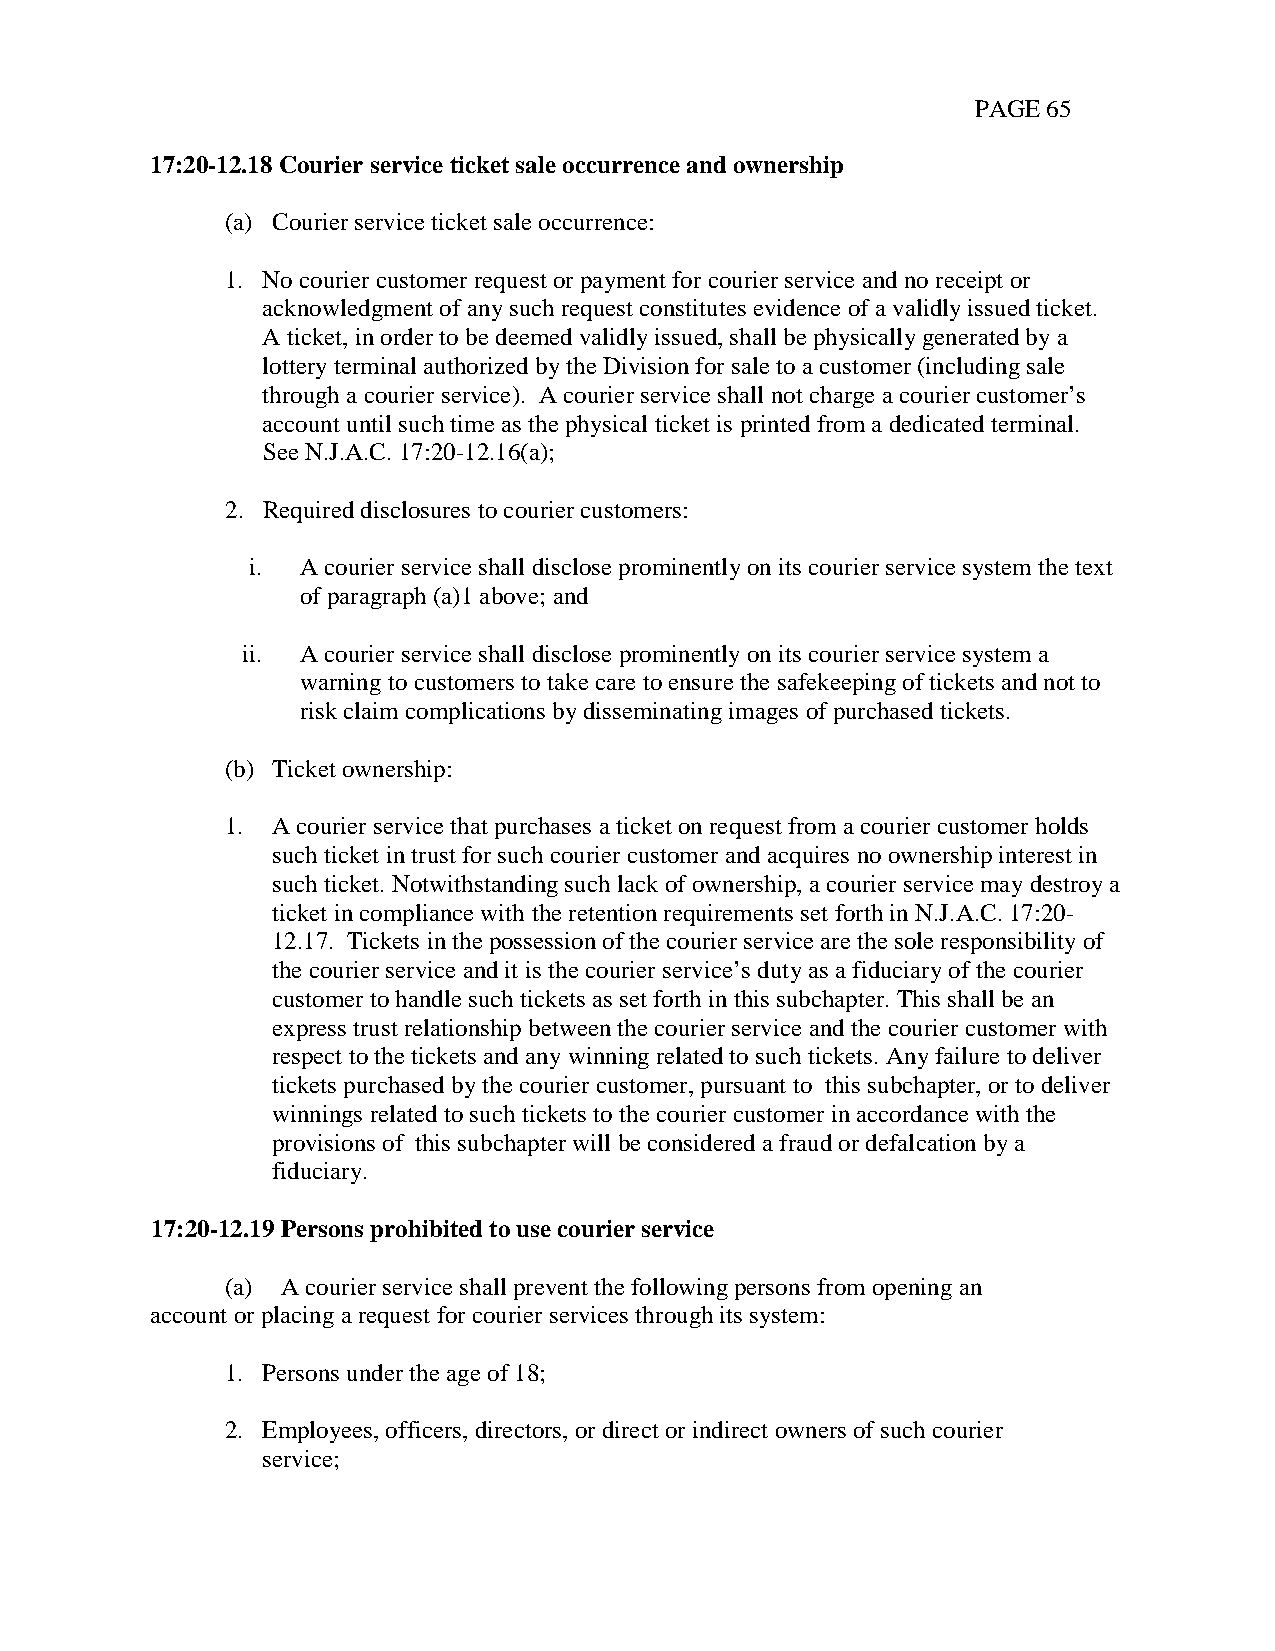
PAGE 65
 17:20-12.18 Courier service ticket sale occurrence and ownership
 (a) Courier service ticket sale occurrence:
 1. No courier customer request or payment for courier service and no receipt or
 acknowledgment of any such request constitutes evidence of a validly issued ticket.
 A ticket, in order to be deemed validly issued, shall be physically generated by a
 lottery terminal authorized by the Division for sale to a customer (including sale
 through a courier service). A courier service shall not charge a courier customer’s
 account until such time as the physical ticket is printed from a dedicated terminal.
 See N.J.A.C. 17:20-12.16(a);
 2. Required disclosures to courier customers:
 i. A courier service shall disclose prominently on its courier service system the text
 of paragraph (a)1 above; and
 ii. A courier service shall disclose prominently on its courier service system a
 warning to customers to take care to ensure the safekeeping of tickets and not to
 risk claim complications by disseminating images of purchased tickets.
 (b) Ticket ownership:
 1. A courier service that purchases a ticket on request from a courier customer holds
 such ticket in trust for such courier customer and acquires no ownership interest in
 such ticket. Notwithstanding such lack of ownership, a courier service may destroy a
 ticket in compliance with the retention requirements set forth in N.J.A.C. 17:20-
 12.17. Tickets in the possession of the courier service are the sole responsibility of
 the courier service and it is the courier service’s duty as a fiduciary of the courier
 customer to handle such tickets as set forth in this subchapter. This shall be an
 express trust relationship between the courier service and the courier customer with
 respect to the tickets and any winning related to such tickets. Any failure to deliver
 tickets purchased by the courier customer, pursuant to this subchapter, or to deliver
 winnings related to such tickets to the courier customer in accordance with the
 provisions of this subchapter will be considered a fraud or defalcation by a
 fiduciary.
 17:20-12.19 Persons prohibited to use courier service
 (a) A courier service shall prevent the following persons from opening an
 account or placing a request for courier services through its system:
 1. Persons under the age of 18;
 2. Employees, officers, directors, or direct or indirect owners of such courier
 service;